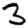
Digit: 3